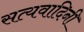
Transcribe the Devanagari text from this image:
सत्यवादिनी